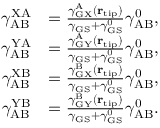
\begin{array} { r l } { \gamma _ { \mathrm { A B } } ^ { \mathrm { X A } } } & { = \frac { \gamma _ { \mathrm { G X } } ^ { \mathrm { A } } ( { \bf r } _ { \mathrm { t i p } } ) } { \gamma _ { \mathrm { G S } } + \gamma _ { \mathrm { G S } } ^ { 0 } } \gamma _ { \mathrm { A B } } ^ { 0 } , } \\ { \gamma _ { \mathrm { A B } } ^ { \mathrm { Y A } } } & { = \frac { \gamma _ { \mathrm { G Y } } ^ { \mathrm { A } } ( { \bf r } _ { \mathrm { t i p } } ) } { \gamma _ { \mathrm { G S } } + \gamma _ { \mathrm { G S } } ^ { 0 } } \gamma _ { \mathrm { A B } } ^ { 0 } , } \\ { \gamma _ { \mathrm { A B } } ^ { \mathrm { X B } } } & { = \frac { \gamma _ { \mathrm { G X } } ^ { \mathrm { B } } ( { \bf r } _ { \mathrm { t i p } } ) } { \gamma _ { \mathrm { G S } } + \gamma _ { \mathrm { G S } } ^ { 0 } } \gamma _ { \mathrm { A B } } ^ { 0 } , } \\ { \gamma _ { \mathrm { A B } } ^ { \mathrm { Y B } } } & { = \frac { \gamma _ { \mathrm { G Y } } ^ { \mathrm { B } } ( { \bf r } _ { \mathrm { t i p } } ) } { \gamma _ { \mathrm { G S } } + \gamma _ { \mathrm { G S } } ^ { 0 } } \gamma _ { \mathrm { A B } } ^ { 0 } . } \end{array}